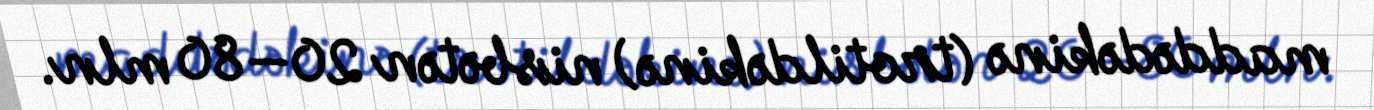
maddədəkinə (trotildəkinə) nisbətən 20—80 mln.